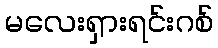
မလေးရှားရင်းဂစ်